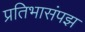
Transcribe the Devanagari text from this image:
प्रतिभासंपझ